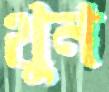
থুন